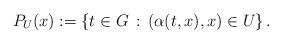
LaTeX: \begin{align*}P_{U}(x):=\{ t \in G \,:\, (\alpha(t,x), x) \in U \} \,.\end{align*}